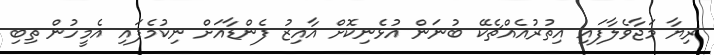
ރިޔާ މަޖާވެލާފައި އިތުރުއެއްޗެކޭ ބުނަން އުޅެނިކޮށް އާއިޒު ފެންޑާއަށް ނިކުމެފައި އެމީހުން ތިބި